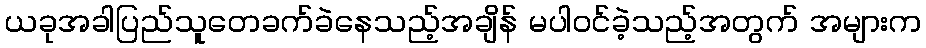
ယခုအခါပြည်သူတေခက်ခဲနေသည့်အချိန် မပါဝင်ခဲ့သည့်အတွက် အများက